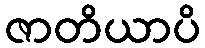
ဇာတိယာပိ